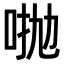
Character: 𠴋